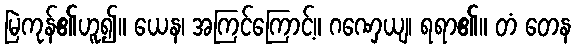
မြဲကုန်၏ဟူ၍။ ယေန၊ အကြင်ကြောင့်။ ဂဏှေယျ၊ ရရာ၏။ တံ တေန